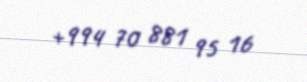
+994 70 881 95 16